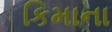
કિમાના